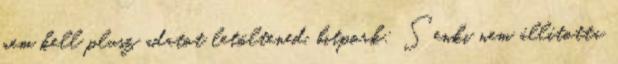
nem kell plusz adatot letöltened. bitpork: Senki nem állította